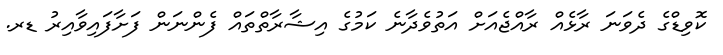
ކޮވިޑްގެ ދެވަނަ ރާޅެއް ރާއްޖެއަށް އަތުވެދާނެ ކަމުގެ އިޝާރާތްތައް ފެންނަން ފަށާފައިވާއިރު ޑރ.